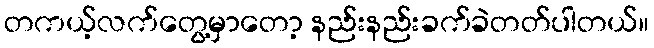
တကယ့်လက်တွေ့မှာတော့ နည်းနည်းခက်ခဲတတ်ပါတယ်။